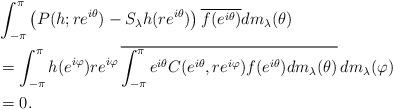
LaTeX: \begin{align*} &\int_{-\pi}^{\pi}\left(P(h;re^{i\theta})-S_{\lambda}h(re^{i\theta})\right)\overline{f(e^{i\theta})}dm_{\lambda}(\theta)\\&=\int_{-\pi}^{\pi}h(e^{i\varphi})re^{i\varphi}\,\overline{\int_{-\pi}^{\pi} e^{i\theta}C(e^{i\theta},re^{i\varphi})f(e^{i\theta})dm_{\lambda}(\theta)}\,dm_{\lambda}(\varphi)\\&=0.\end{align*}